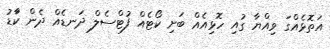
އަތޮޅެއްގަ ވިއްޔާ ގުއި ހޮޅިއެއް ބަށި ކޯޓެއް ފުޓްސެލް ދަނޑެއް ދެން ކަާޑު